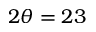
2 \theta = 2 3